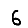
Digit: 6